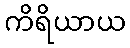
ကိရိယာယ